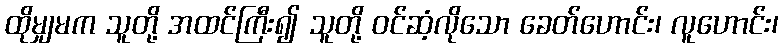
ထိုမျှမက သူတို့ အထင်ကြီး၍ သူတို့ ဝင်ဆံ့လိုသော ခေတ်ဟောင်း၊ လူဟောင်း၊